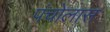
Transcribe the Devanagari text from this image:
पंचोलास